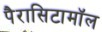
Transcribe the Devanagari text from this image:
पैरासिटामॉल